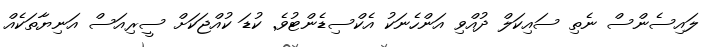
ލައިސެންސް ނެތި ސައިކަލް ދުއްވި އަންހެނަކު އެކްސިޑެންޓުވެ